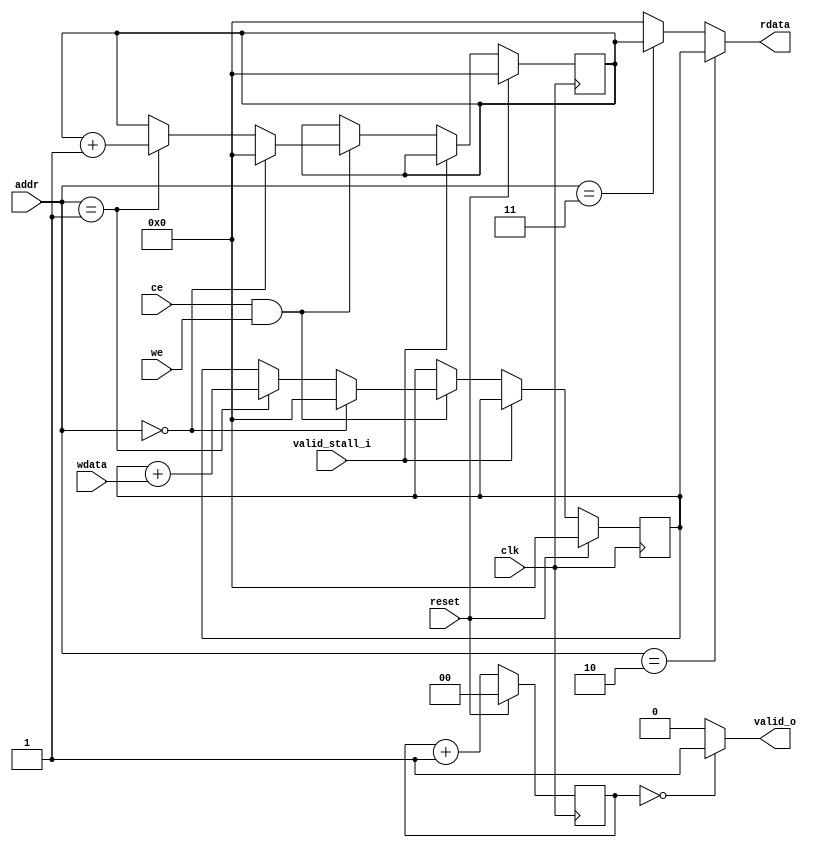
module peripheral(
  //Input
  input clk,			// Clock	 
  input reset,			// Reset
  input ce,				// Chip Enable
  input we,				// Write Enable
  input [1:0] addr,  // Address Reference (For selecting Operation)
  input [31:0] wdata,// Write Data (to be accumulated)
  
  input valid_stall_i,
  //Output
  output [31:0] rdata, //Read Data (Output)
  output valid_o
  
);

	reg [31:0] accumulator;
	reg [31:0] counter;
	
	reg [1:0] counter_valid;
	
	reg [31:0] rdata_w;
	
	always @(*)
	begin
		if(addr == 2'b10)
		begin
			rdata_w = accumulator;
		end
		else if(addr == 2'b11)
		begin
			rdata_w = counter;
		end
		else
		begin
			rdata_w = 'b0;
		end
	end
	assign rdata = rdata_w;
	
	always @(posedge clk) begin
		if(reset) begin
			accumulator <= 'b0;
			counter <= 'b0;
		end
		else 
		begin
			if(valid_stall_i)
			begin
				accumulator <= accumulator;
				counter <= counter;
			end
			else
			begin
				if(ce && we) begin
					if(addr == 2'b00) begin
						accumulator <= 'b0;
						counter <= 'b0;
					end
					else if(addr == 2'b01) begin
						accumulator <= accumulator + wdata;
						counter <= counter + 'b1;
					end
					else begin
						accumulator <= accumulator;
						counter <= counter;
					end
				end
				else begin
					accumulator <= accumulator;
					counter <= counter;	
				end
			end
		end
	end
	
	// -----------------
	// Setting valid_o
	// -----------------
	
	always @(posedge clk)
		begin
			if(reset)
			begin
				counter_valid <= 'b0;
			end
			else
			begin
				counter_valid <= counter_valid + 'b1;
			end
		end
		
		assign valid_o = (counter_valid == 'b0) ? 'b1 : 'b0;
//		assign valid_o = 'b1;

endmodule